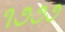
૧૭૭૭